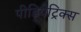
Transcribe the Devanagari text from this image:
पीडियेट्रिक्स